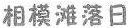
相模滩落日